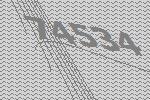
74534